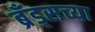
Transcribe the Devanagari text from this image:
ब्रँड्सच्या